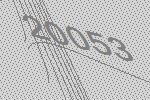
20053